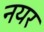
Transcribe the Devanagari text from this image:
नयर